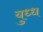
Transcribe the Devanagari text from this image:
युध्ध